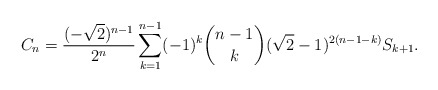
\begin{align*}C_n=\frac{(-\sqrt{2})^{n-1}}{2^n}\sum_{k=1}^{n-1}(-1)^{k}\binom{n-1}{k}(\sqrt{2}-1)^{2(n-1-k)}S_{k+1}.\end{align*}